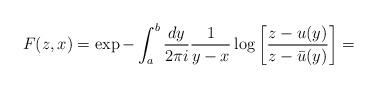
LaTeX: \begin{align*}F(z,x)=\exp -\int_a^b\frac{dy}{2\pi i}\frac{1}{y-x}\log\bigg[\frac{z-u(y)}{z-\bar{u}(y)}\bigg]=\end{align*}